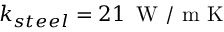
k _ { s t e e l } = 2 1 \, \mathrm { ~ W ~ / ~ m ~ K ~ }